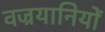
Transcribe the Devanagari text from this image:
वज्रयानियों